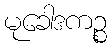
မုခေါဒကဉ္စ